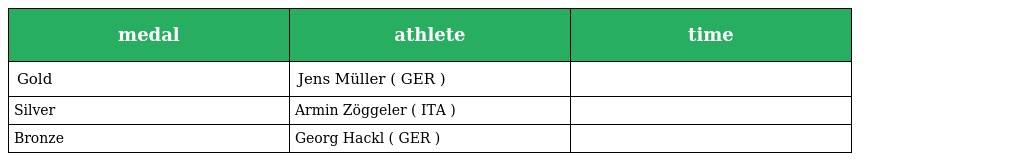
| medal | athlete | time |
 | --- | --- | --- |
 | Gold | Jens Müller ( GER ) |  |
 | Silver | Armin Zöggeler ( ITA ) |  |
 | Bronze | Georg Hackl ( GER ) |  |